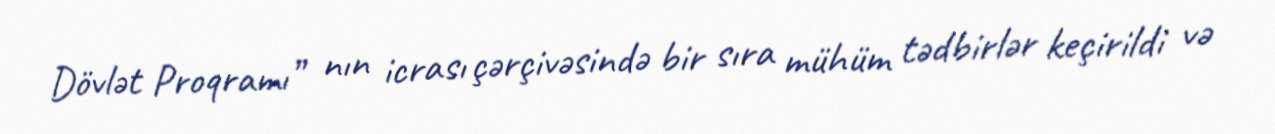
Dövlət Proqramı” nın icrası çərçivəsində bir sıra mühüm tədbirlər keçirildi və